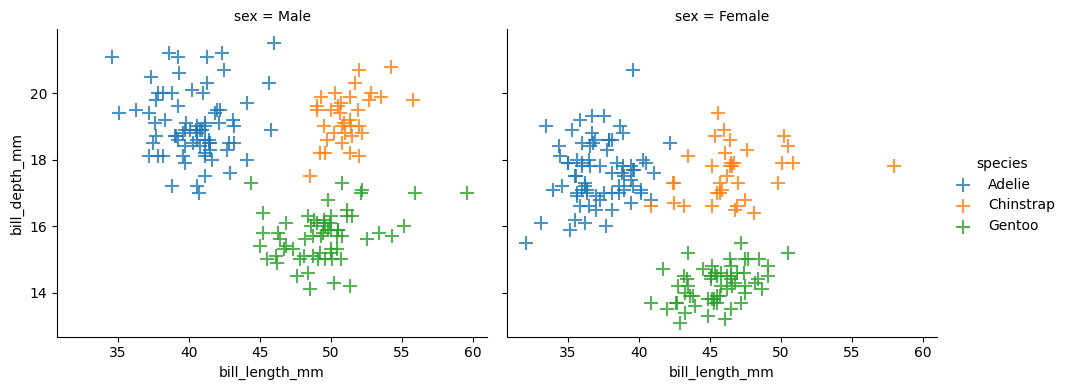
python, seaborn, lmplot, aspect=1.2, order=1, markers='+'